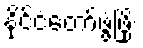
နိုင်ငံတော်ဖွံ့ဖြိုး